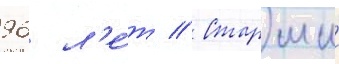
96 л'е́т // Старшии